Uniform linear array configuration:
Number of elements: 16
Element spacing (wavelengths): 0.5
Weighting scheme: blackman
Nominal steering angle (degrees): -30
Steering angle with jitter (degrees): -31.539
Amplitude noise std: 0.05
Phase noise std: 0.05

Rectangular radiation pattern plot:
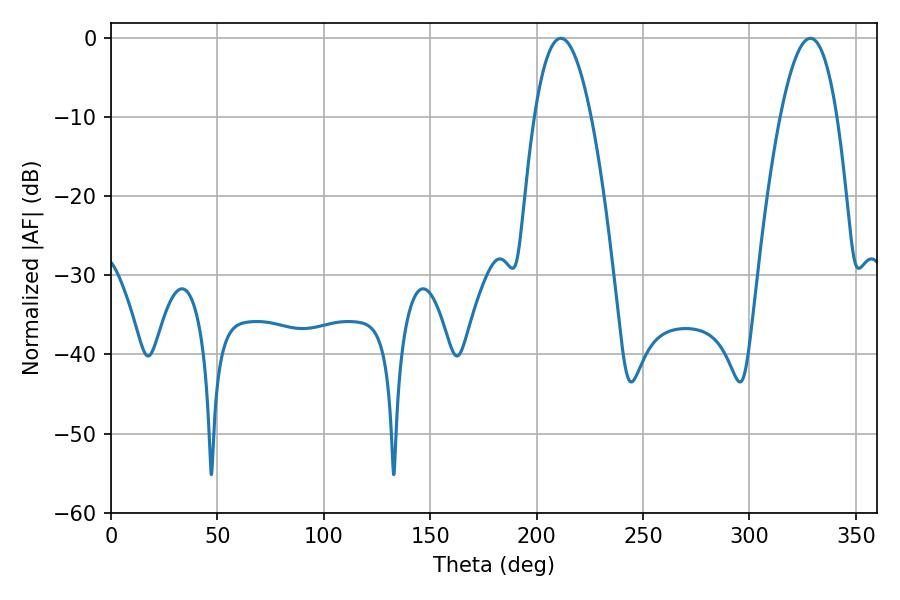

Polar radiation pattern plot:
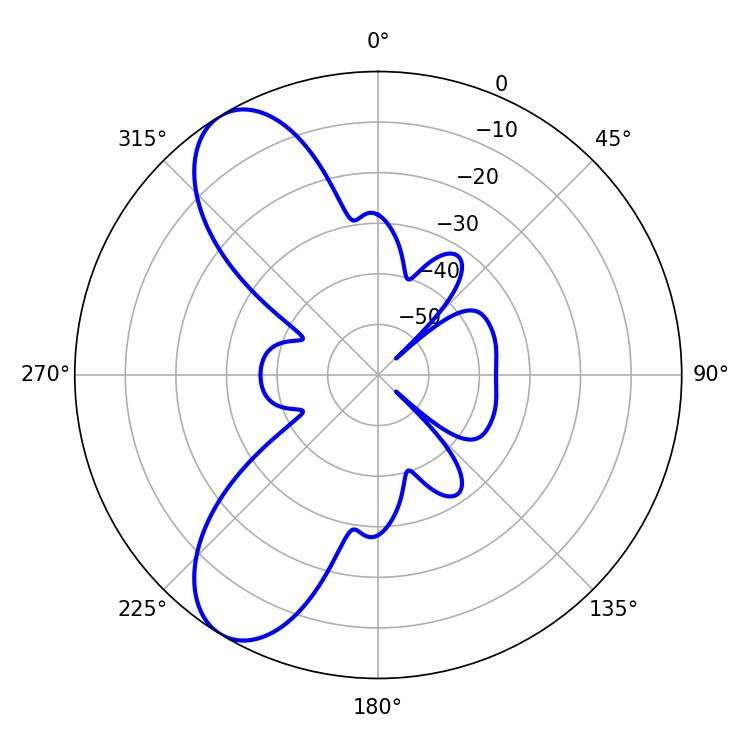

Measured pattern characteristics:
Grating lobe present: FALSE
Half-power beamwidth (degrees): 14.76
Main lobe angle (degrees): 211.32